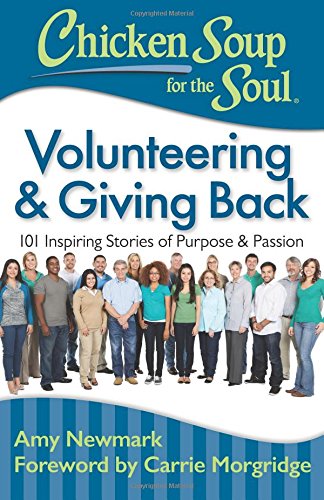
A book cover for Chicken Soup for the Soul: Volunteering & Giving Back: 101 Inspiring Stories of Purpose and Passion; Amy Newmark; Politics & Social Sciences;